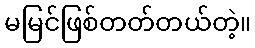
မမြင်ဖြစ်တတ်တယ်တဲ့။